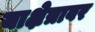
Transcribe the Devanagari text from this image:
याक्षेत्रावर